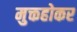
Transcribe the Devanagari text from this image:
मुक्तहोकर